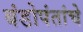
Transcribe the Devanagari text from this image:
बंडोपंतांचे